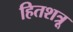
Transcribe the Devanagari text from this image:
हितशत्रू